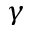
\gamma